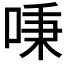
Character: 𠶏